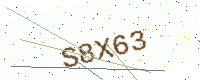
Text: S8X63